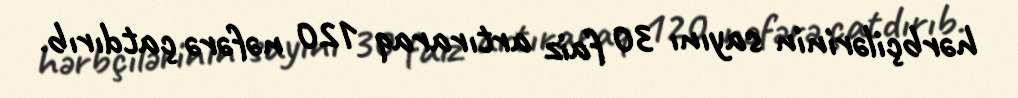
hərbçilərinin sayını 30 faiz artıraraq 120 nəfərə çatdırıb.